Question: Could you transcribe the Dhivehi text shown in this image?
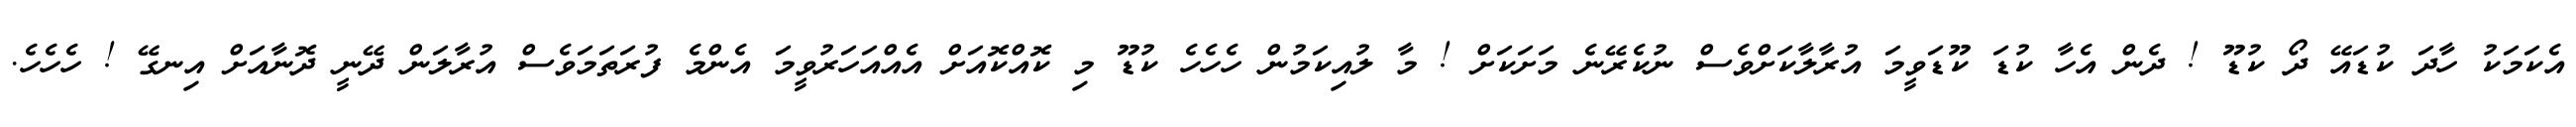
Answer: އެކަމަކު ހާދަ ކުޑައޭ ދޯ ކުޑޫ ! ދެން އެހާ ކުޑަ ކޫޑަވީމަ އުރާލާކަށްވެސް ނުކެރޭނެ މަށަކަށް ! މާ ލުއިކަމުން ހެހެހެ ކުޑޫ މި ކޮއްކޮއަށް އެއްއަހަރުވީމަ އެންމެ ފުރަތަމަވެސް އުރާލަން ދޭނީ ދޮނާއަށް އިނގޭ ! ހެހެހެ.